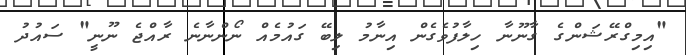
"އިމިގްރޭޝަންގެ ގާނޫނާ ހިލާފުވެގެން އިނާމު ލިބޭ ގައުމެއް ނޯންނާނެ ރާއްޖެ ނޫނީ" ސައުދު